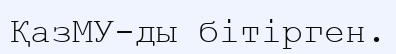
ҚазМУ-ды бітірген.